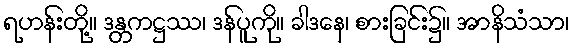
ရဟန်းတို့။ ဒန္တကဋ္ဌဿ၊ ဒန်ပူကို။ ခါဒနေ၊ စားခြင်း၌။ အာနိသံသာ၊